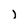
Character: l